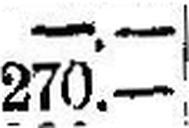
270.—